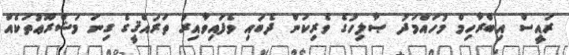
ރައީސް އިބްރާހިމް މުހައްމަދު ޞާލިހުގެ ވެރިކަން ދެބައި ވެފައިވާއިރު ތަރައްޤީގެ ގިނަ މަޝްރޫޢުތަކެއް